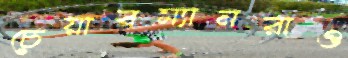
চেয়ারম্যানরাও